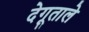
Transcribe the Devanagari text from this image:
देगूताले